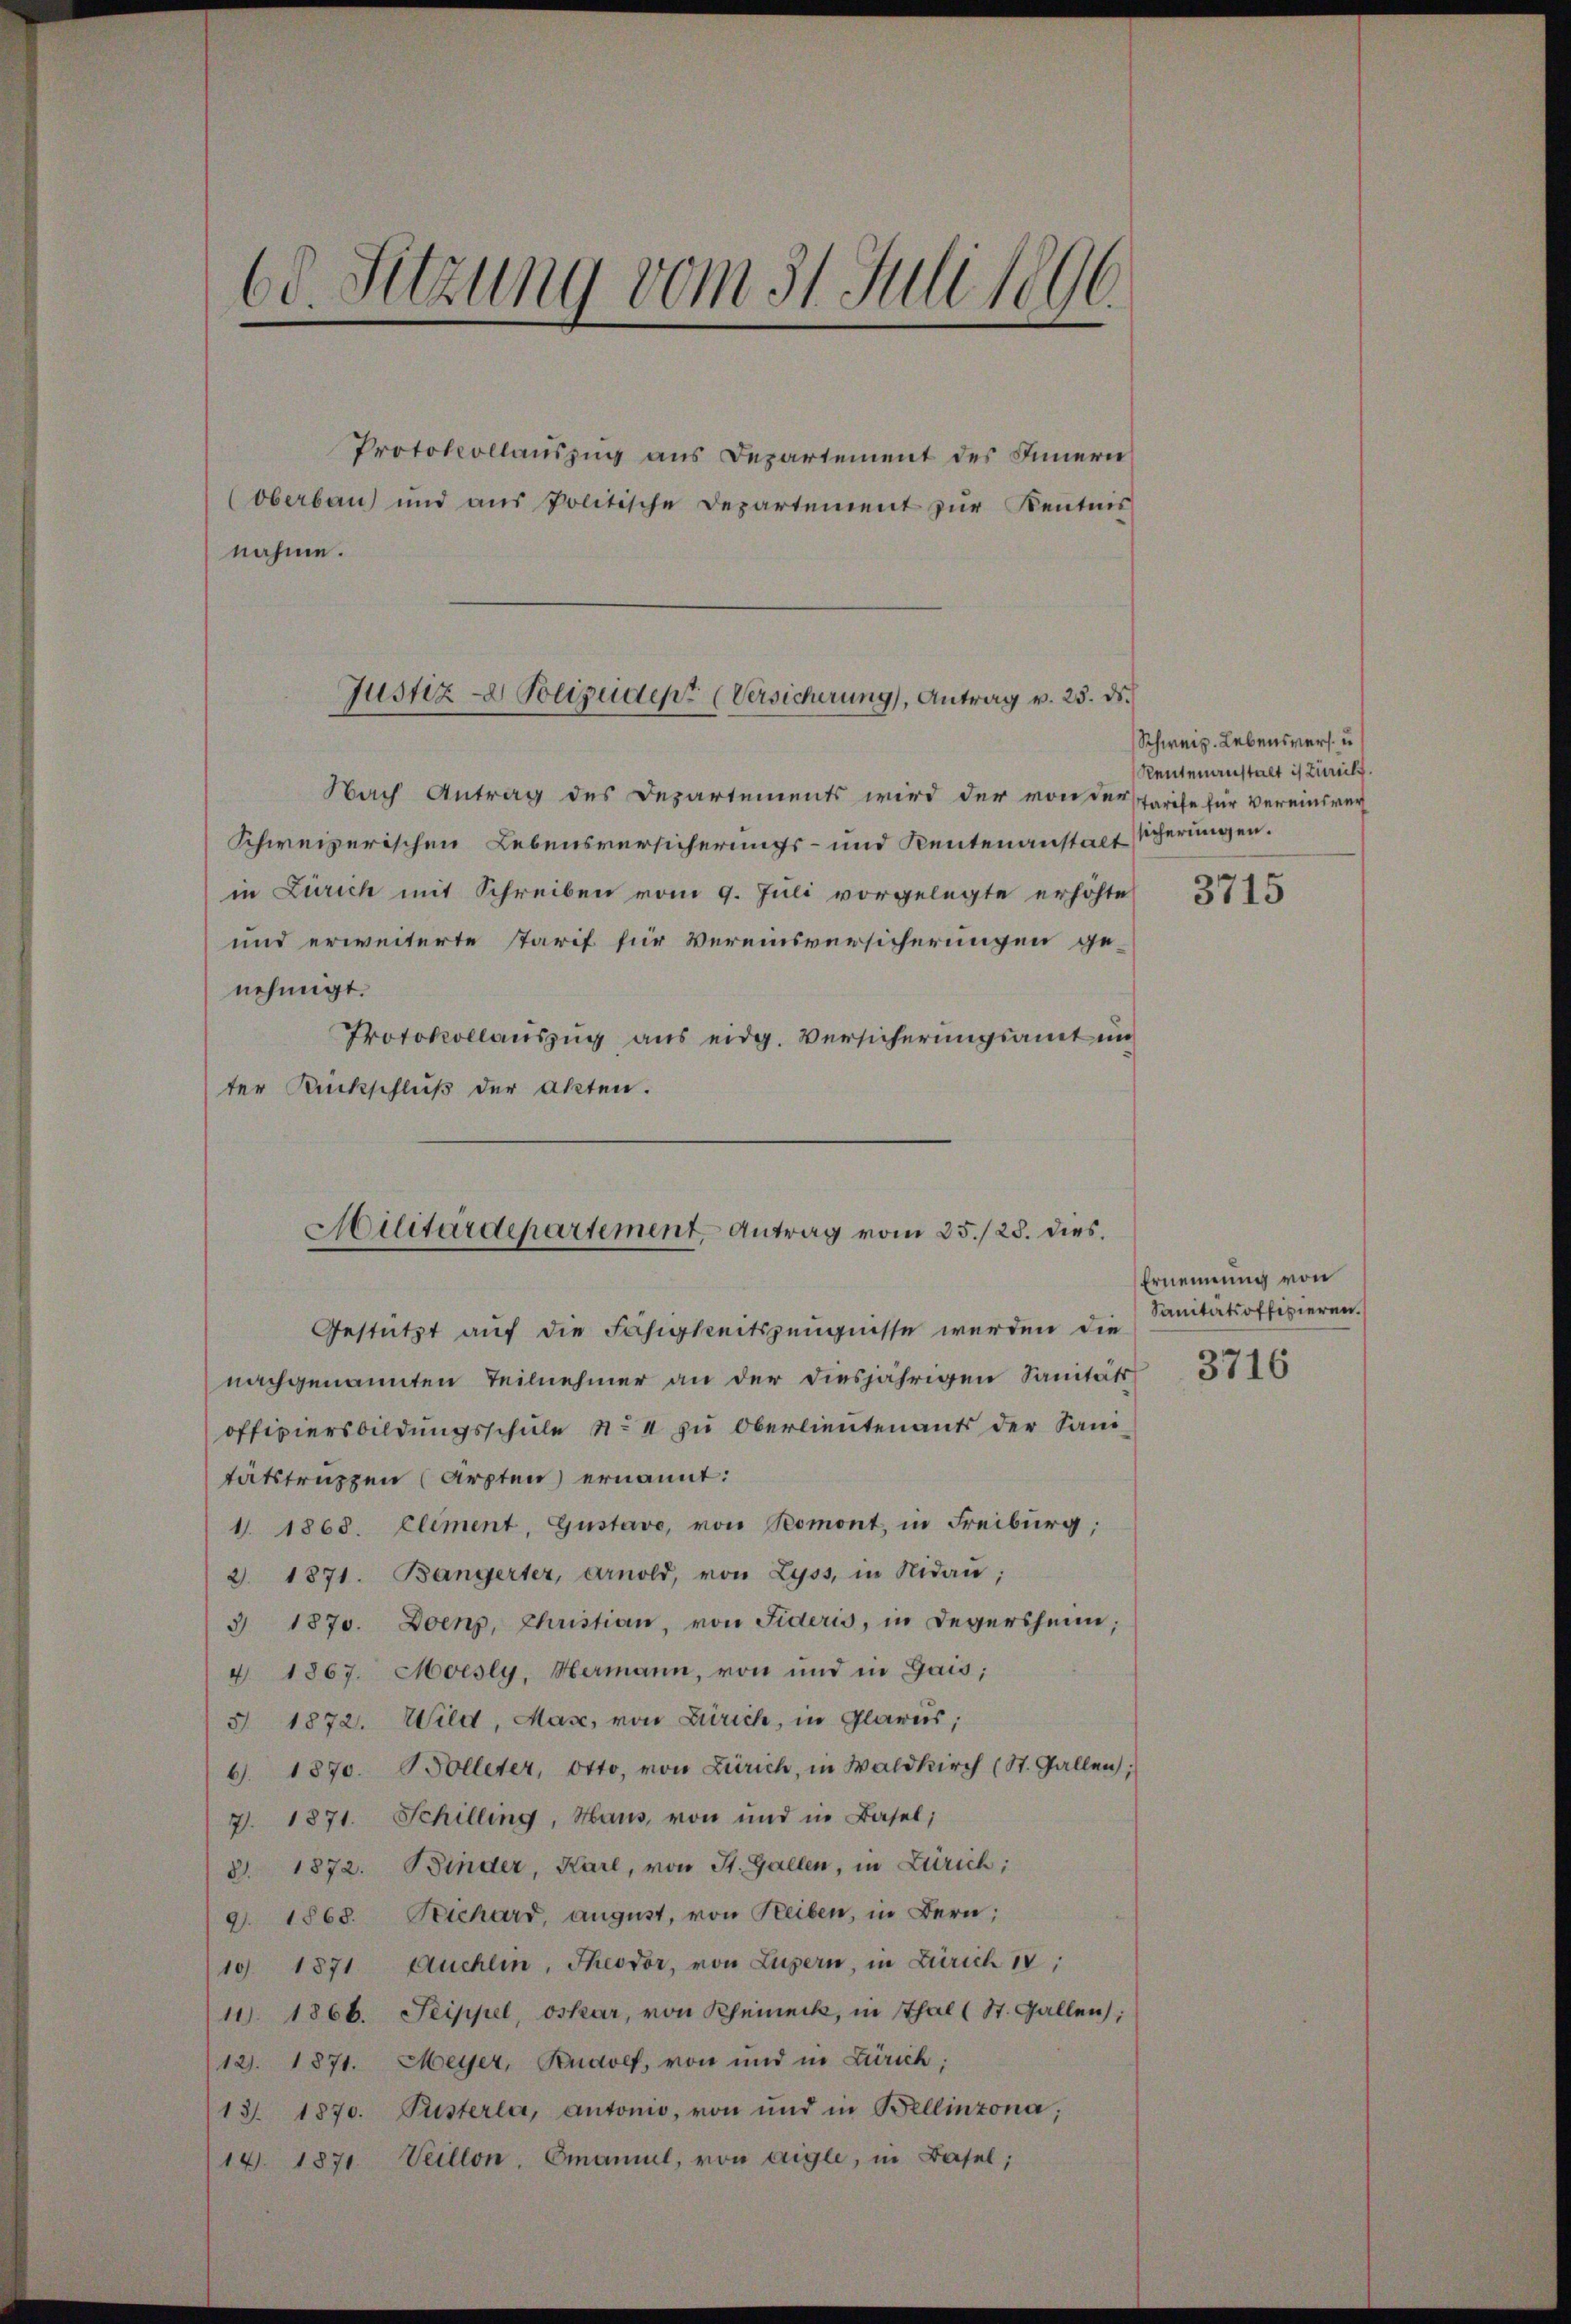
60. Sitzung vom 31. Juli 1896.

Protokollauszug aus Departement des Innern
Oberbau und aŭs Politische Departement zur Kentnis
nahme.

Justiz- Polizeidept (Versicherung), Antrag v. 25. ds.

Militärdepartement Antrag vom 25./25. dies

Nach Antrag des Departements wird der von der Tarife für vereinsver
Schweizerischen Lebensversicherungs- und Rentenanstalt sicherungen.
in Zürich mit Schreiben vom 9. Juli vorgelegte erhöhte
und erweiterte Tarif für Vereinsversicherungen genehmigt.
Protokollauszug aus eidg. Versicherungsamt in
ter Rückschluß der Akten.
Gestützt auf die Fähigkeitszeugnisse werden die
nachgenannten Teilnehmer an der diesjährigen Sanität 3716
officiersbildungsschule No 4 zu Oberlieutenants der Sanitätstruppen (Arzten ernannt:
1. 1868. Element, Gustavo, von Romont, in Freiburg,
2. 1871. Bangerter, Arnold, von Lyss, in Nidan;
3 1870. Loenp, Christian, von Fideris, in Degersheim;
4 1867. Moesly, Hermann, von und in Gais;
§ 1872. Wild, Mas, von Zürich, in Glarus,
6. 1870. Bolleter, Otto, von Zürich, in Waldkirch (St. Gallen;
7. 1871. Schilling, Haus, von und in Basel;
§ 1872. Binder, Karl, von St. Gallen, in Zürich;
9. 1868. Michard, august, von Reiben, in Bern;
(10 1871 Auchlin, Theodor, von Luzern, in Zürich 14,
11. 1866. Seippel, Oskar, von Rheineck, in Thal (St. Gallen;
12). 1871. Meyer, Rudolf, von und in Zürich:
13. 1870. Pusterla, autonio, von und in Bellinzona;
14. 1871. Veillon, Emanuel, von Aigle, in Basel;

Schweiz. Lebensvers. u
Reutenanstalt is Zürich.

3715

Ernennung von
Sanitätsoffizieren.